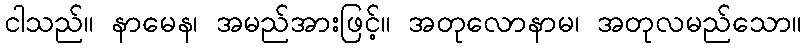
ငါသည်။ နာမေန၊ အမည်အားဖြင့်။ အတုလောနာမ၊ အတုလမည်သော။